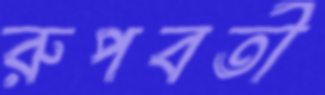
রুপবতী